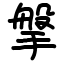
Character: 搫